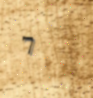
7